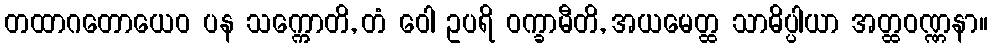
တထာဂတောယေဝ ပန သက္ကောတိ, တံ ဝေါ ဥပရိ ဝက္ခာမီတိ, အယမေတ္ထ သာဓိပ္ပါယာ အတ္ထဝဏ္ဏနာ။